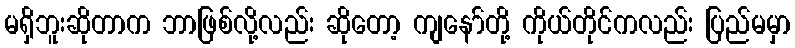
မရှိဘူးဆိုတာက ဘာဖြစ်လို့လည်း ဆိုတော့ ကျနော်တို့ ကိုယ်တိုင်ကလည်း ပြည်မမှာ